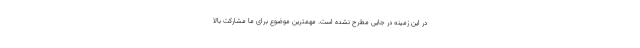
در این زمینه در جایی مطرح نشده است. مهمترین موضوع برای ما مشارکت بالا